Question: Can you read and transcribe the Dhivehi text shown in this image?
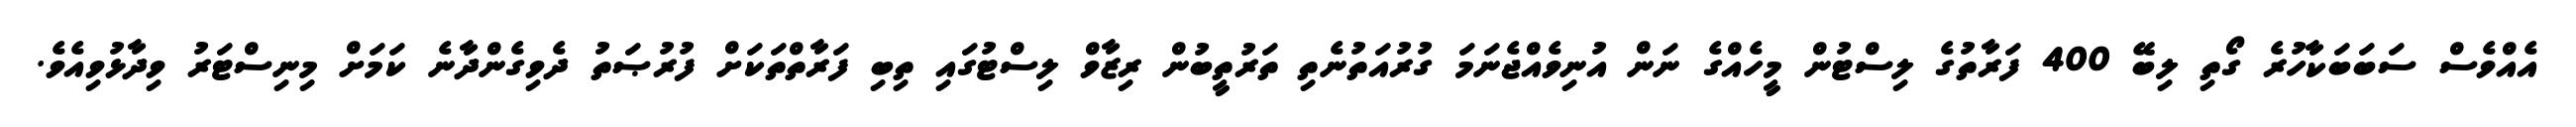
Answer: އެއްވެސް ސަބަބަކާހުރެ ގޯތި ލިބޭ 400 ފަރާތުގެ ލިސްޓުން މީހެއްގެ ނަން އުނިވެއްޖެނަމަ ގުރުއަތުނެތި ތަރުތީބުން ރިޒާވް ލިސްޓުގައި ތިބި ފަރާތްތަކަށް ފުރުޞަތު ދެވިގެންދާނެ ކަމަށް މިނިސްޓަރު ވިދާޅުވިއެވެ.